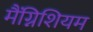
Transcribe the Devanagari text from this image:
मैंग्निशियम